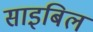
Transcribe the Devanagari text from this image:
साइबिल